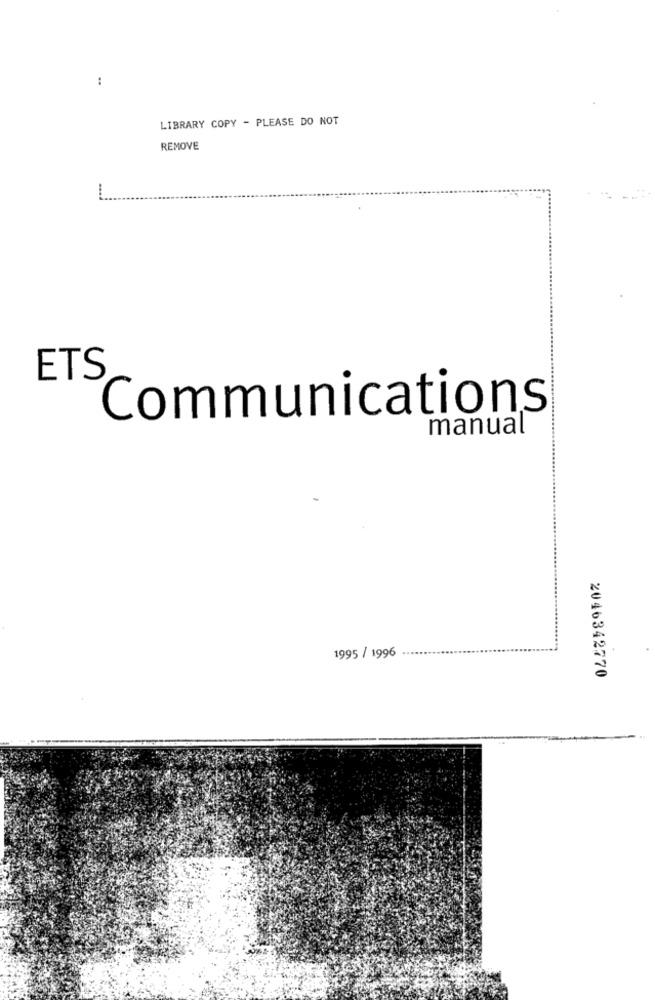
:
LIBRARY COPY - PLEASE DO NOT
REMOVE
ETS
Communications
manual
1995 / 1996
2046342770